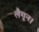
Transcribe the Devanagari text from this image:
लैगून।